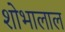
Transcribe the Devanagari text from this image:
शोभालाल